65_HS1-834228961_62-HQ-83894_Section_7
Agency: FBI
Page 131
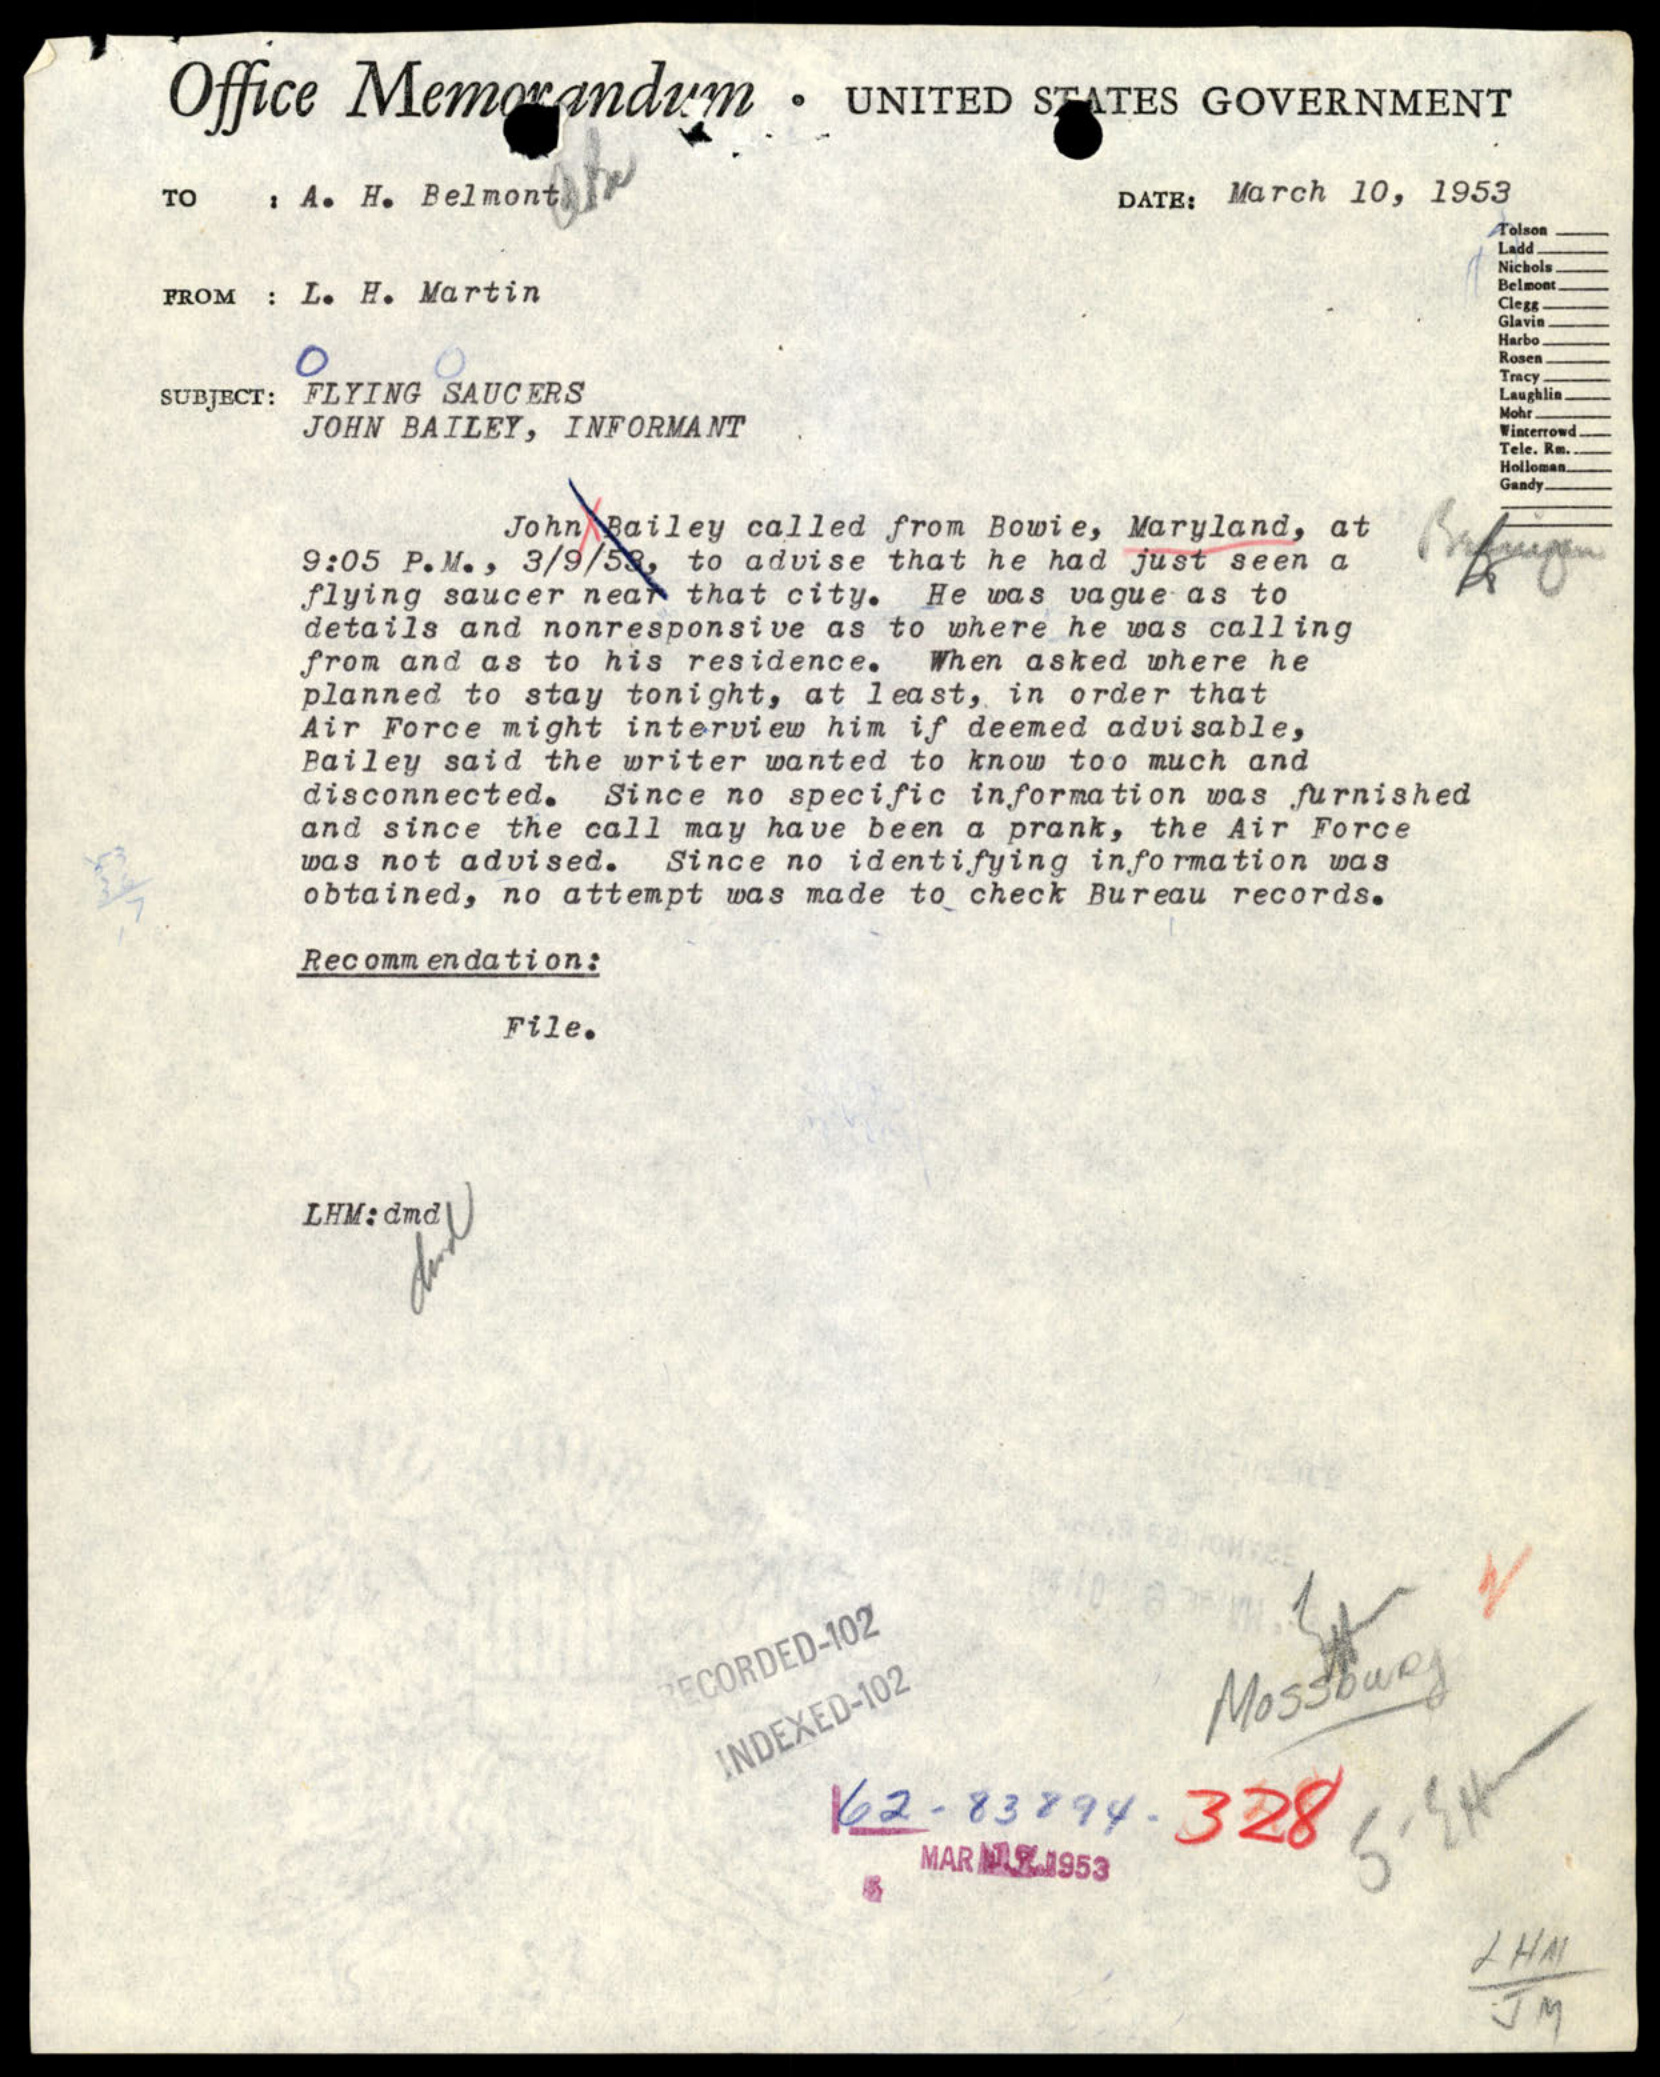